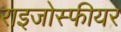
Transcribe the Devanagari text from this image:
राइजोस्फीयर